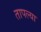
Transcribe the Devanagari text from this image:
तापल्या